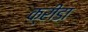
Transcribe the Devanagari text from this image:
क्रीडा़